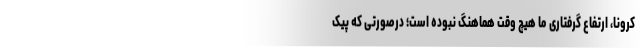
کرونا، ارتفاع گرفتاری ما هیچ وقت هماهنگ نبوده است؛ درصورتی که پیک